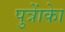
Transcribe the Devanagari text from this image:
पुत्राेंकाे